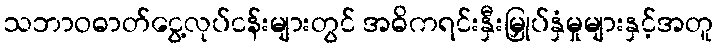
သဘာဝဓာတ်ငွေ့လုပ်ငန်းများတွင် အဓိကရင်းနှီးမြှုပ်နှံမှုများနှင့်အတူ